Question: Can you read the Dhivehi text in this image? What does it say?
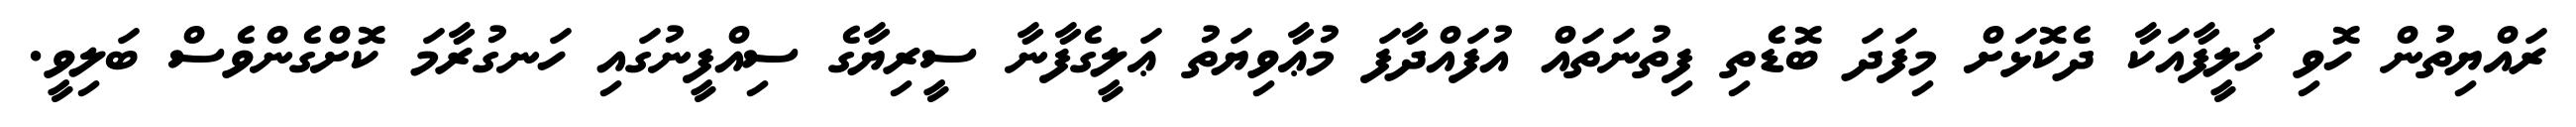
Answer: ރައްޔިތުން ހޮވި ޚަލީފާއަކާ ދެކޮޅަށް މިފަދަ ބޮޑެތި ފިތުނަތައް އުފައްދާފަ މުޢާވިޔަތު ޢަލީގެފާނާ ސީރިޔާގެ ސިއްފީނުގައި ހަނގުރާމަ ކޮށްގެންވެސް ބަލިވީ.